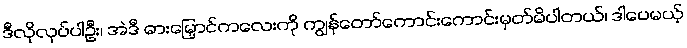
ဒီလိုလုပ်ပါဦး၊ အဲဒီ ဓားမြှောင်ကလေးကို ကျွန်တော်ကောင်းကောင်းမှတ်မိပါတယ်၊ ဒါပေမယ့်